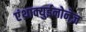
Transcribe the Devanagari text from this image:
एंथ्राक्युईनोनेज़